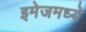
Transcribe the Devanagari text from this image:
इमेजमध्ये